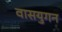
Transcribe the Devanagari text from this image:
वासयुगन